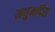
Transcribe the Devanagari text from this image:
मधुमदिरा